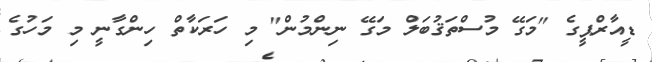
ޑީއާރްޕީގެ "މަގޭ މުސްތަޤުބަލް މަގޭ ނިންމުން" މި ހަރަކާތް ހިންގާނީ މި މަހުގެ